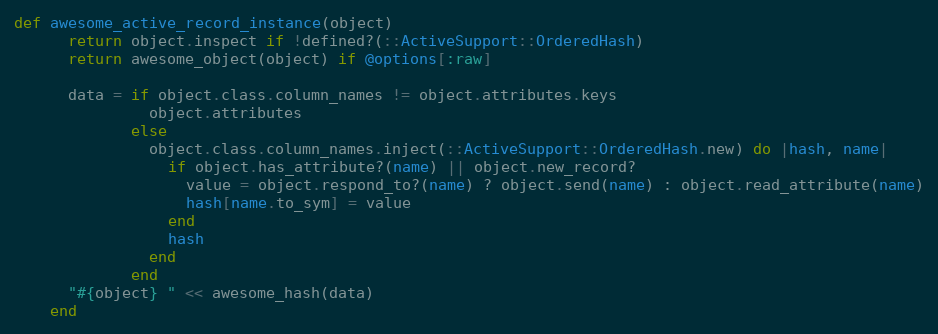
Language: Ruby
def awesome_active_record_instance(object)
      return object.inspect if !defined?(::ActiveSupport::OrderedHash)
      return awesome_object(object) if @options[:raw]

      data = if object.class.column_names != object.attributes.keys
               object.attributes
             else
               object.class.column_names.inject(::ActiveSupport::OrderedHash.new) do |hash, name|
                 if object.has_attribute?(name) || object.new_record?
                   value = object.respond_to?(name) ? object.send(name) : object.read_attribute(name)
                   hash[name.to_sym] = value
                 end
                 hash
               end
             end
      "#{object} " << awesome_hash(data)
    end